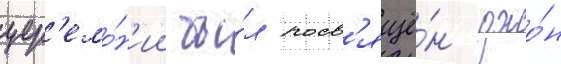
цер'емо́н'ии бы́л посв'ящё́н джо́н